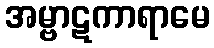
အမ္ဗာဋကာရာမေ